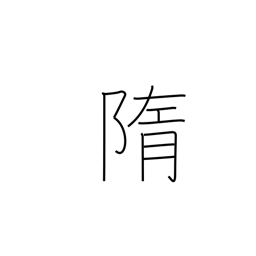
Meaning: remains of sacrifice